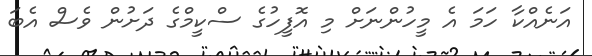
އަނެއްކާ ހަމަ އެ މީހުންނަށް މި އޮފީހުގެ ސްކީމްގެ ދަށުން ވެސް އެބަ